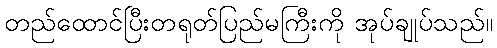
တည်ထောင်ပြီးတရုတ်ပြည်မကြီးကို အုပ်ချုပ်သည်။